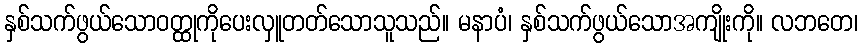
နှစ်သက်ဖွယ်သောဝတ္ထုကိုပေးလှူတတ်သောသူသည်။ မနာပံ၊ နှစ်သက်ဖွယ်သောအကျိုးကို။ လဘတေ၊